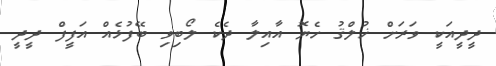
ދީދީއަކީ ވަރަށް ޚުލްޤު ހެޔޮ އާއިލާ ދެކެ ލޯބިވި ބޭފުޅެއް އަފީފް ދީދީ